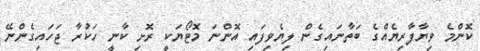
ކޮންމެ ވިޔާފާރިޔެއްގެ ބަތާނައިގެން ލިޔެވިފައި އޮންނަ މޮޓޯޔަކީ ރޮށި ކާނީ ހަކުރާ ޖަހައިގެންނޭ